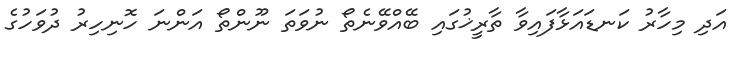
އަދި މިހާރު ކަނޑައަޅާފައިވާ ތާރީޚުގައި ބޭއްވޭނެތޯ ނުވަތަ ނޫންތޯ އަންނަ ހޮނިހިރު ދުވަހުގެ